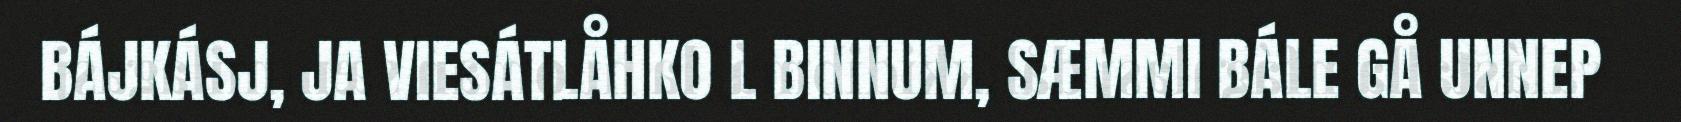
BÁJKÁSJ, JA VIESÁTLÅHKO L BINNUM, SÆMMI BÁLE GÅ UNNEP